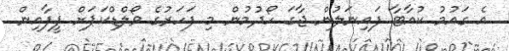
އެ ގައުމު ކުއާޓާ ފައިނަލުން ޖާގަ ހޯދުމުން މި ފަހަރުގެ ވޯލްޑްކަޕަށް ފީފާއިން